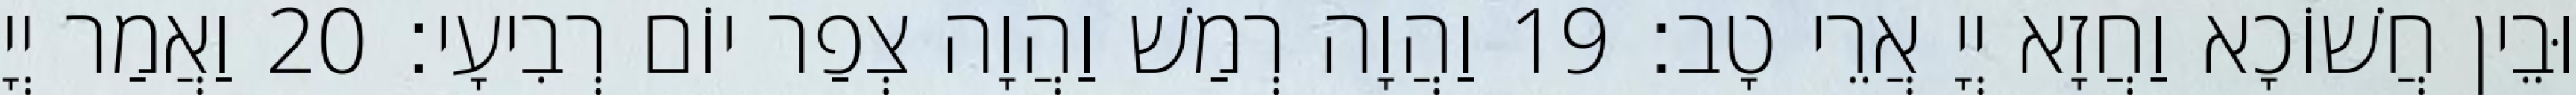
וּבֵין חֲשׁוֹכָא וַחֲזָא יְיָ אֲרֵי טָב׃ 19 וַהֲוָה רְמַשׁ וַהֲוָה צְפַר יוֹם רְבִיעָי׃ 20 וַאֲמַר יְיָ